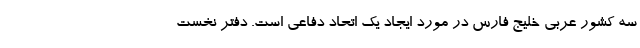
سه کشور عربی خلیج فارس در مورد ایجاد یک اتحاد دفاعی است. دفتر نخست